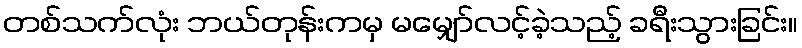
တစ်သက်လုံး ဘယ်တုန်းကမှ မမျှော်လင့်ခဲ့သည့် ခရီးသွားခြင်း။